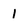
Character: 1